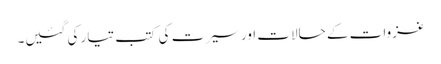
غزوات کے حالات اور سیرت کی کتب تیار کی گئیں۔